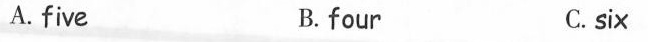
A.five B.four C.six